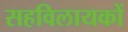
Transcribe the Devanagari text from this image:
सहविलायकों